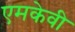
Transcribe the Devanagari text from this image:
एमकेवी